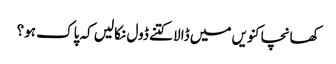
کھانچا کنویں میں ڈالا کتنے ڈول نکالیں کہ پاک ہو؟